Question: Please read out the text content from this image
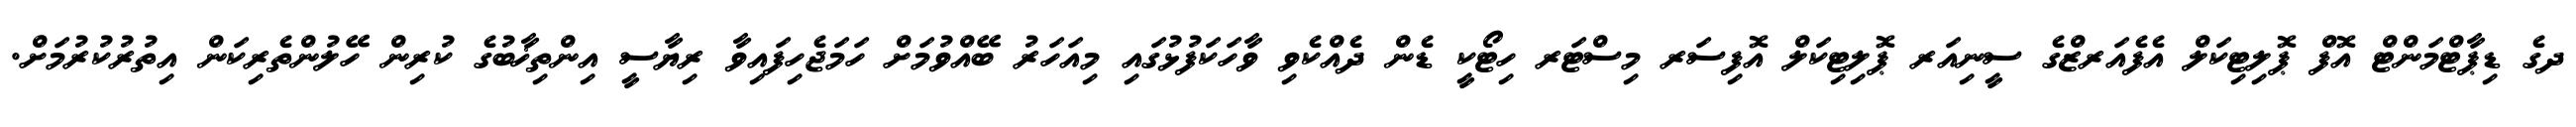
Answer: ދގެ ޑިޕާޓްމަންޓް އޮފް ޕޮލިޓިކަލް އެފެއަރޒްގެ ސީނިއަރ ޕޮލިޓިކަލް އޮފިސަރ މިސްޓަރ ހިޓޯކީ ޑެން ދެއްކެވި ވާހަކަފުޅުގައި މިއަހަރު ބޭއްވުމަށް ހަމަޖެހިފައިވާ ރިޔާސީ އިންތިޚާބުގެ ކުރިން ހޭލުންތެރިކަން އިތުރުކުރުމަށް.